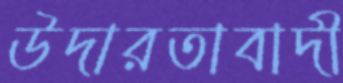
উদারতাবাদী